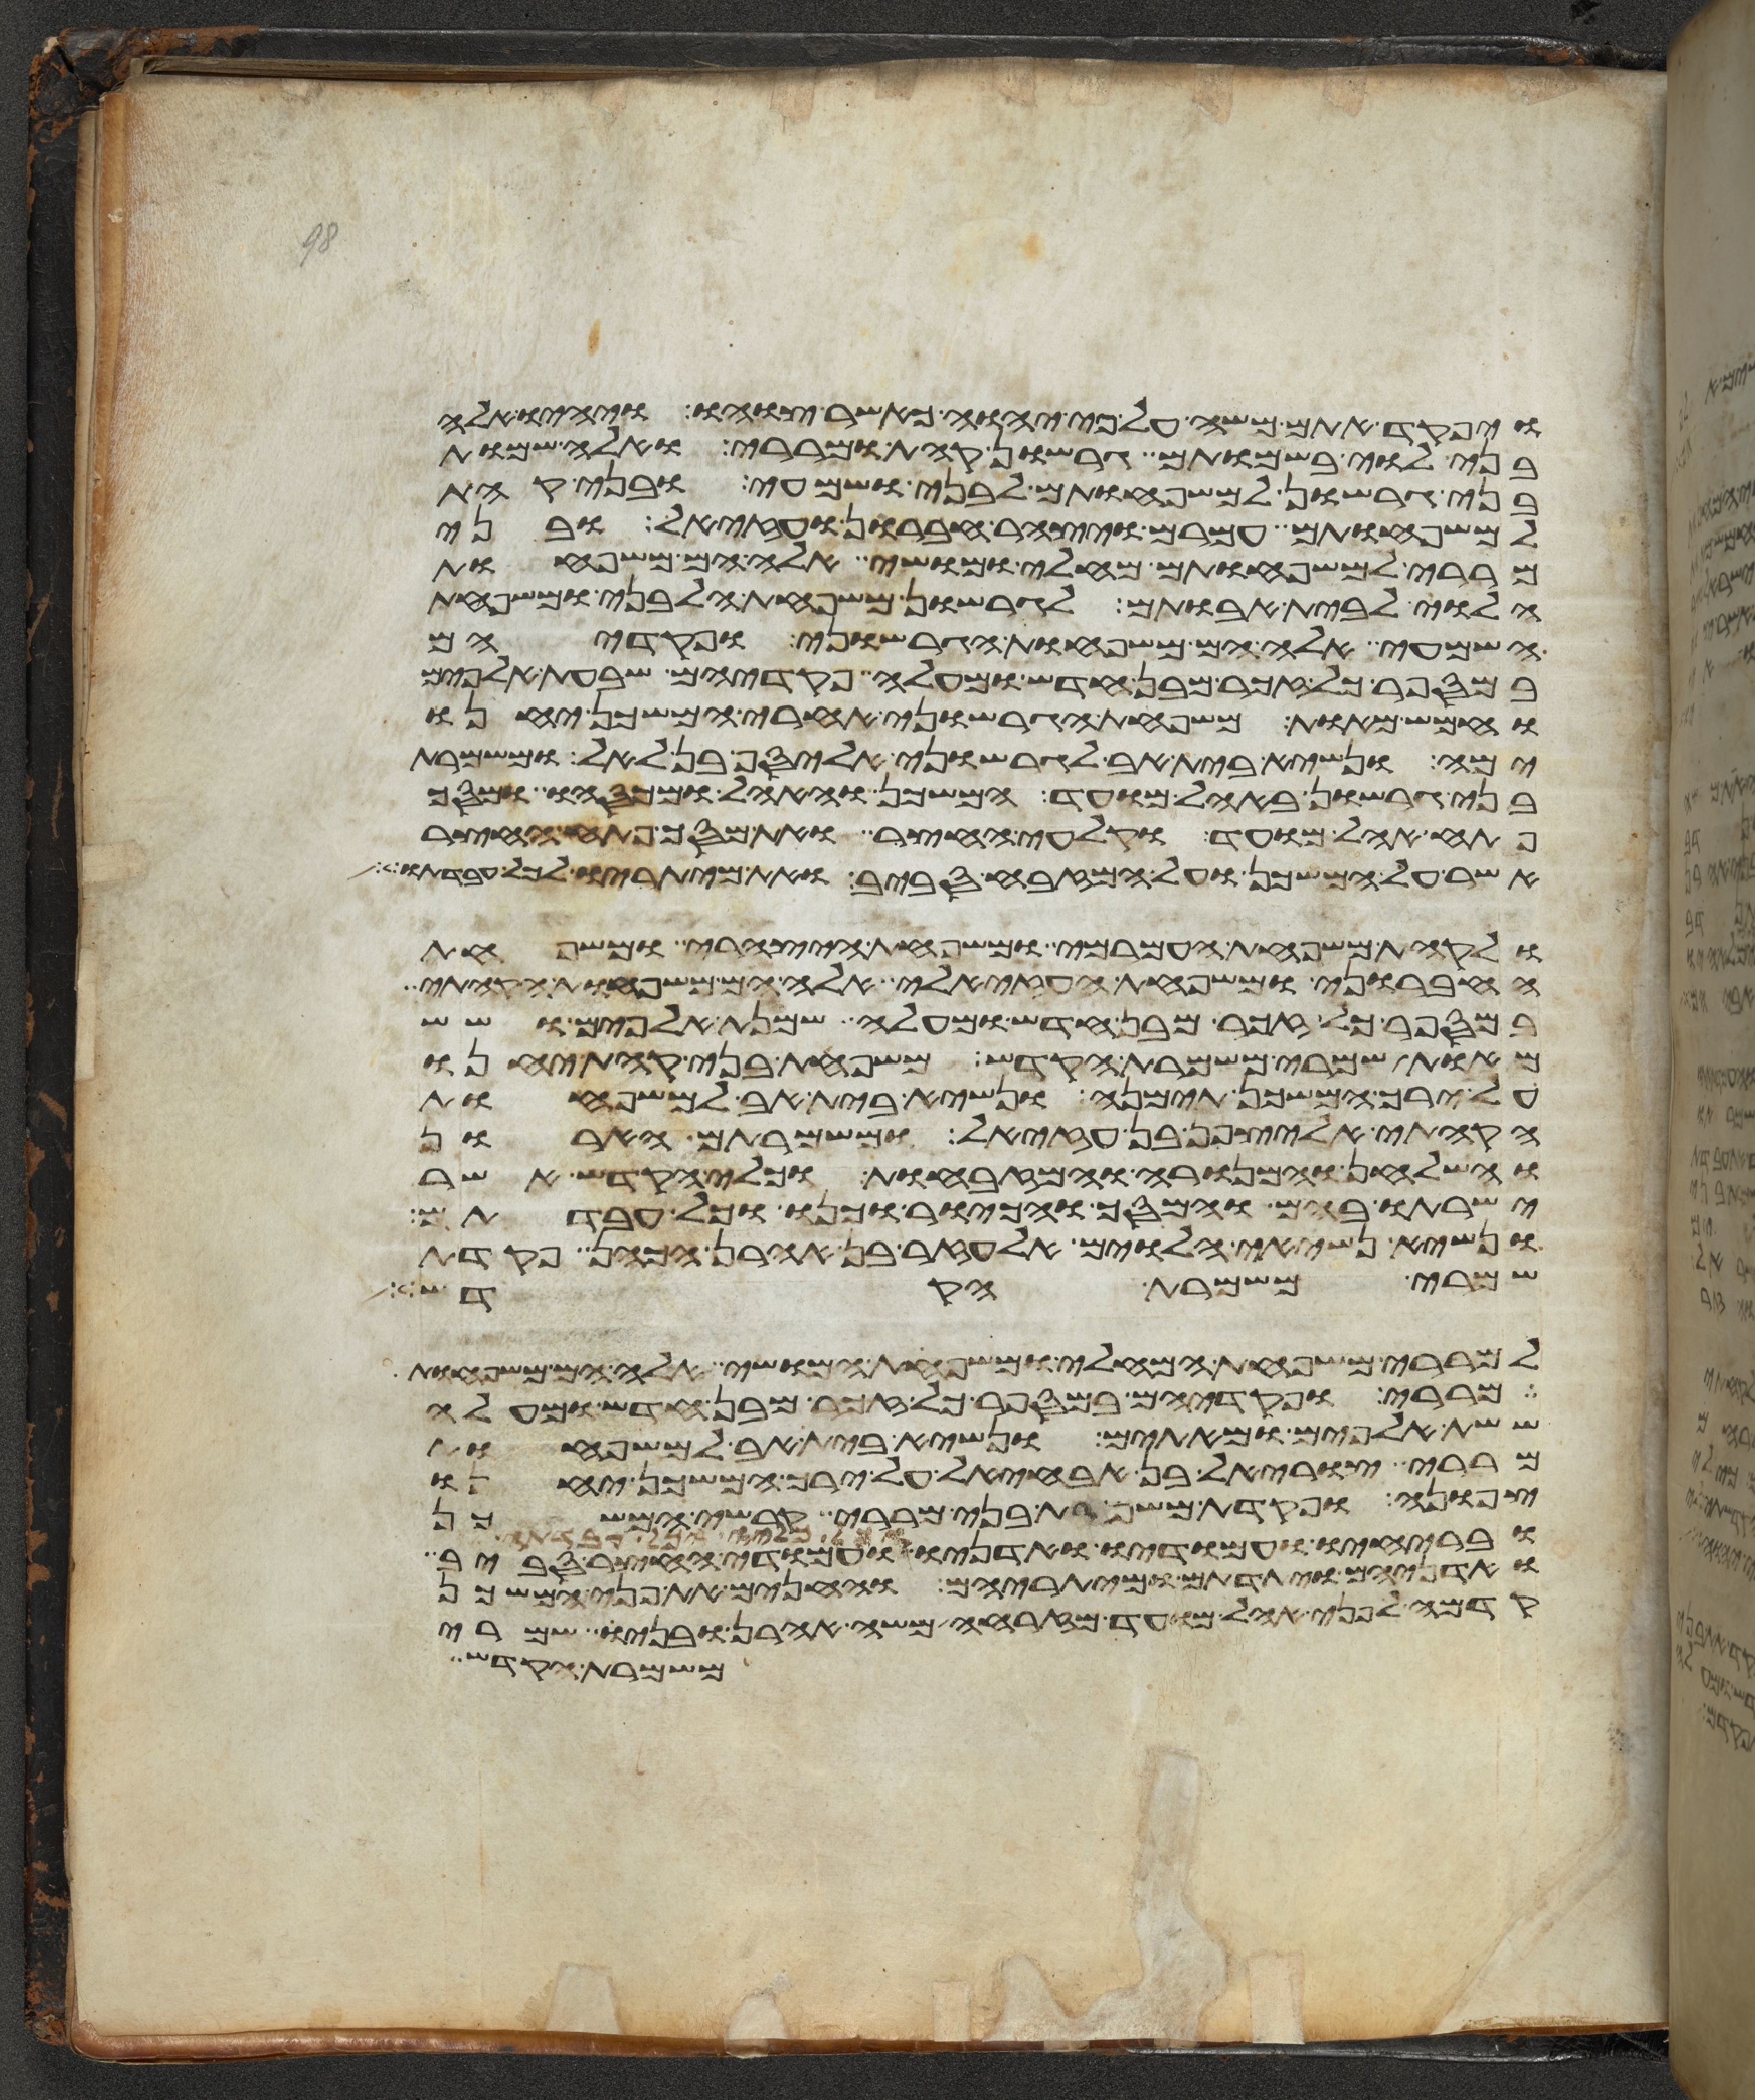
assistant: ויפקד אתם משה על פי יהוה כאשר צוהו ויהיו אלה
בני לוי בשמותם גרשון קהת ומררי ואלה שמות
בני גרשון למשפחותם לבני ושמעי ובני קהת
למשפחותם עמרם ויצהר חברון ועזיאל ובני
מררי למשפחותם מחלי ומושי אלה הם משפחות
הלוי לבית אבותם לגרשון משפחת הלבני ומשפחת
השמעי אלה הם משפחות הגרשוני ופקדיהם
במספר כל זכר מבן חדש ומעלה פקדיהם שבעת אלפים
וחמש מאות משפחת הגרשוני אחרי המשכן יחנו
ימה ונשיא בית אב לגרשוני אליסף בן לאל ומשמרת
בני גרשון באהל מועד המשכן והאהל ומכסהו ומסך
פתח אהל מועד וקלעי החצר ואת מסך פתח החצר
אשר על המשכן ועל המזבח סביב ואת מיתריו לכל עבדתו
ולקהת משפחת העמרמי ומשפחת היצהרי ומשפחת
החברוני ומשפחת העזאלי אלה הם משפחות הקהתי
במספר כל זכר מבן חדש ומעלה שמנת אלפים ושש
מאות שמרי משמרת הקדש משפחת בני קהת יחנו
על ירך המשכן תימנה ונשיא בית אב למשפחות
הקהתי אליצפן בן עזיאל ומשמרתם הארון
והשלחן והמנורה והמזבחות וכלי הקדש אשר
ישרתו בהם והמסך והכיור וכנו וכל עבדתם
ונשיא נשיאי הלוים אלעזר בן אהרן הכהן פקדת
שמרי משמרת הקדש
למררי משפחת המחלי ומשפחת המושי אלה הם משפחות
מררי ופקדיהם במספר כל זכר מבן חדש ומעלה
ששת אלפים ומאתים ונשיא בית אב למשפחות
מררי צוראל בן אבחהל על ירך המשכן יחנו
צפונה ופקדת משמרת בני מררי קרשי המשכן
ובריחיו ועמודיו ואדניו ועמודי החצר סביב
ואדניהם ויתדתם ומיתריהם והחנים את פני המשכן
קדמה לפני אהל מועד מזרחה משה אהרן ובניו שמרי
משמרת הקדש